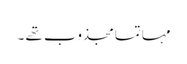
مہاتما مجذوب تھے ۔